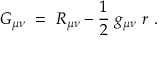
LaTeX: G _ { \mu \nu } \ = \ R _ { \mu \nu } - \frac 1 2 \ g _ { \mu \nu } \ r \ .